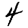
Digit: 4